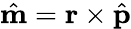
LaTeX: \hat{\mathbf m}={\mathbf r}\times\hat{\mathbf p}